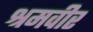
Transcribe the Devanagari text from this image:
श्रमवीर